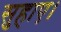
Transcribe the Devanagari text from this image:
सुहाए।